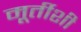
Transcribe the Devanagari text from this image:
मूर्तीशी